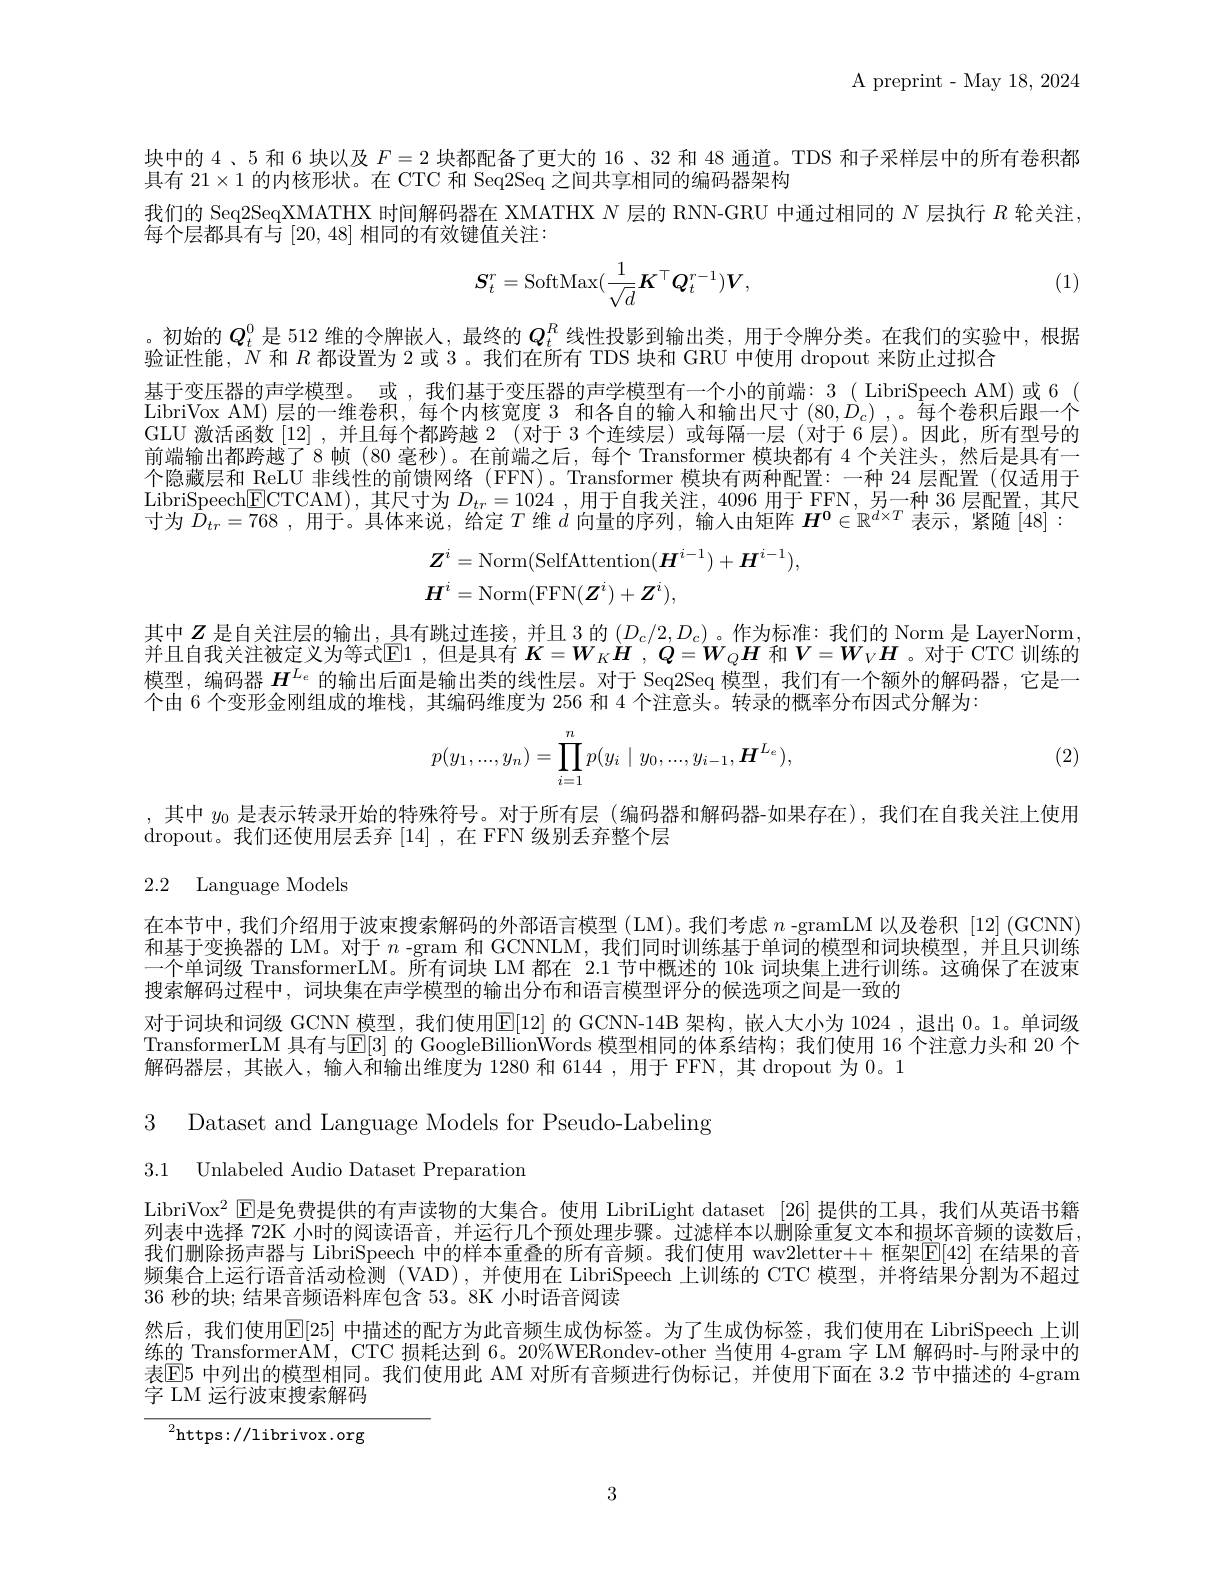
${\mathrm{A~preprint~-~May~18,~2024}}$

块中的 4、5 和 6 块以及$F=2$块都配备了更大的 16、32 和 48 通道。TDS 和子采样层中的所有卷积都
具有$21\times1$的内核形状。在 CTC 和 Seq2Seq 之间共享相同的编码器架构
我们的 Seq2SeqXMATHX 时间解码器在 XMATHX $N$层的 RNN-GRU 中通过相同的$N$层执行$R$轮关注，
每个层都具有与[20,48]相同的有效键值关注：
$$\boldsymbol{S}_t^r=\mathrm{SoftMax}(\frac{1}{\sqrt{d}}\boldsymbol{K}^\top\boldsymbol{Q}_t^{r-1})\boldsymbol{V},$$
(1)

。初始的$\boldsymbol{Q}_t^0$是 512 维的令牌嵌人，最终的$Q_t^R$线性投影到输出类，用于令牌分类。在我们的实验中，根据
验证性能，$\dot{N}$和$R$都设置为 2 或 3。我们在所有 TDS 块和 GRU 中使用 dropout 来防止过拟合
基于变压器的声学模型。或 ,我们基于变压器的声学模型有一个小的前端：3( LibriSpeech AM)或 6( LibriVox AM) 层的一维卷积，每个内核宽度 3 和各自的输入和输出尺寸$(80,\dot{D}_c)$ ,。每个卷积后跟一个GLU 激活函数[12] ,并且每个都跨越 2 (对于 3 个连续层)或每隔一层 (对于 6 层)。因此，所有型号的前端输出都跨越了8 帧 (80 毫秒)。在前端之后，每个 Transformer 模块都有 4 个关注头，然后是具有一个隐藏层和 ReLU 非线性的前馈网络 (FFN)。Transformer 模块有两种配置：一种 24 层配置 (仅适用于LibriSpeech$\underline{\mathrm{ECTCAM}})$,其尺寸为$D_tr=1024$,用于自我关注，4096 用于 FFN, 另一种 36 层配置，其尺寸为$D_tr=768$ ,用于。具体来说，给定$T$维$d$向量的序列，输入由矩阵$H^\mathbf{0}\in\mathbb{R}^{d\times T}$表示，紧随 [48]:
$$\begin{aligned}&Z^{i}=\mathrm{Norm}(\mathrm{SelfAttention}(H^{i-1})+H^{i-1}),\\&\boldsymbol{H}^{i}=\mathrm{Norm}(\mathrm{FFN}(\boldsymbol{Z}^{i})+\boldsymbol{Z}^{i}),\end{aligned}$$
其中$Z$是自关注层的输出，具有跳过连接，并且 3 的$(D_c/2,D_c)$ 。作为标准：我们的 Norm 是 LayerNorm, 并且自我关注被定义为等式$\mathbb{E}1$ ,但是具有$K=W_KH$ , $Q=W_QH$和$V=W_VH$ 。对于 CTC 训练的模型，编码器$H^{L_e}$的输出后面是输出类的线性层。对于 Seq2Seq 模型，我们有一个额外的解码器，它是一个由 6 个变形金刚组成的堆栈，其编码维度为 256 和 4 个注意头。转录的概率分布因式分解为：

(2)
$$p(y_1,...,y_n)=\prod_{i=1}^np(y_i\mid y_0,...,y_{i-1},\boldsymbol{H}^{L_e}),$$
,其中$y_{0}$是表示转录开始的特殊符号。对于所有层 (编码器和解码器-如果存在),我们在自我关注上使用
dropout。我们还使用层丢弃[14] ,在 FFN 级别丢弃整个层

2.2 Language Models

在本节中，我们介绍用于波束搜索解码的外部语言模型(LM)。我们考虑$n$ -gramLM 以及卷积 [12] (GCNN) 和基于变换器的 LM。对于$n$ -gram 和 GCNNLM, 我们同时训练基于单词的模型和词块模型，并且只训练一个单词级 TransformerLM。所有词块 LM 都在 2.1 节中概述的 10k 词块集上进行训练。这确保了在波束搜索解码过程中，词块集在声学模型的输出分布和语言模型评分的候选项之间是一致的
对于词块和词级 GCNN 模型，我们使用$\mathbb{E}[12]$ 的 GCNN-14B 架构，嵌人大小为 1024 ,退出 0。1。单词级TransformerLM 具有与$\overline{\mathbb{E}}[3]$ 的 GoogleBillion$\dot{\text{Words 模型相同的体系结构；我们使用 16 个注意力头和 20 个}}$ 解码器层，其嵌人，输入和输出维度为 1280 和 6144 ,用于 FFN, 其 dropout 为0。1

3 Dataset and Language Models for Pseudo-Labeling
3.1 Unlabeled Audio Dataset Preparation

LibriVox$^{2}$ El是免费提供的有声读物的大集合。使用 LibriLight dataset [26] 提供的工具，我们从英语书籍列表中选择 72K 小时的阅读语音，并运行几个预处理步骤。过滤样本以删除重复文本和损坏音频的读数后. 我们删除扬声器与 LibriSpeech 中的样本重叠的所有音频。我们使用 wav2letter++ 框架$\overline{\mathbb{E}}[42]$ 在结果的音频集合上运行语音活动检测(VAD),并使用在 LibriSpeech 上训练的 CTC 模型，并将结果分割为不超过36 秒的块；结果音频语料库包含 53。8K 小时语音阅读
然后，我们使用$\overline{\mathbb{E}}[25]$ 中描述的配方为此音频生成伪标签。为了生成伪标签，我们使用在 LibriSpeech 上训练的 TransformerÄM, CTC 损耗达到 6。20%WERondev-other 当使用 4-gram 字 LM 解码时-与附录中的表$\overline{\mathrm{E}}$5 中列出的模型相同。我们使用此 AM 对所有音频进行伪标记，并使用下面在 3.2 节中描述的 4-gram 字 LM 运行波束搜索解码

$^{2}$https://librivox.org

3